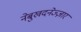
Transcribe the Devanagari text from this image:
नेबुखदनेज्ज़ार